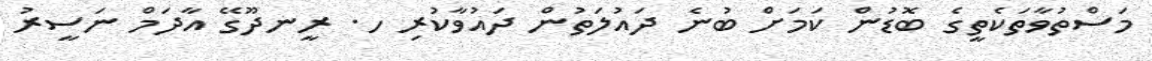
މަސްތުވާތަކެތީގެ ބޮޑުން ކަމަށް ބުނެ ދައުލަތުން ދައުވާކުރި ހ. ރީނދޫގޭ އާދަމް ނަސީރު